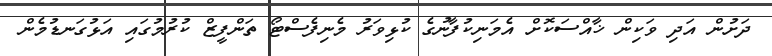
ދަށުން އަދި ވަކިން ޚާއްސަކޮށް އެމަނިކުފާނުގެ ކުޅިވަރު މެނިފެސްޓޯ ތަންފީޒް ކުރުމުގައި އަޅުގަނޑުމެން